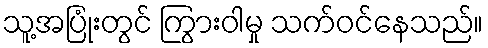
သူ့အပြုံးတွင် ကြွားဝါမှု သက်ဝင်နေသည်။